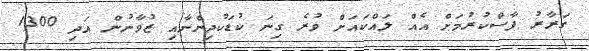
ގަރާރު ފާސްކުރުމަށް އެއް ލައްކައަށް ވުރެ ގިނަ ކުޑަކުދިންނާއި ޒުވާނުން އަދި 1300